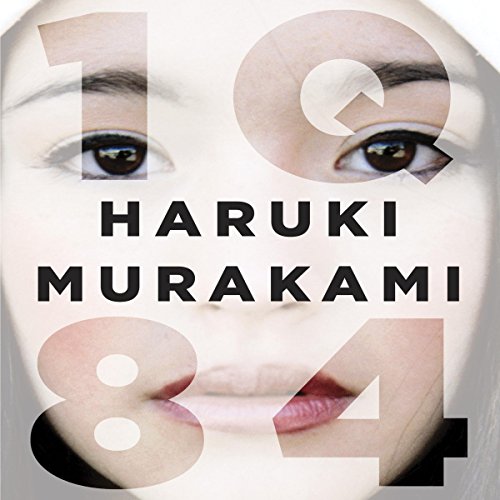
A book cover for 1Q84; Haruki Murakami; Science Fiction & Fantasy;